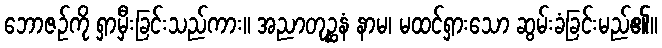
ဘောဇဉ်ကို ရှာမှီးခြင်းသည်ကား။ အညာတုဉ္ဆနံ နာမ၊ မထင်ရှားသော ဆွမ်းခံခြင်းမည်၏။